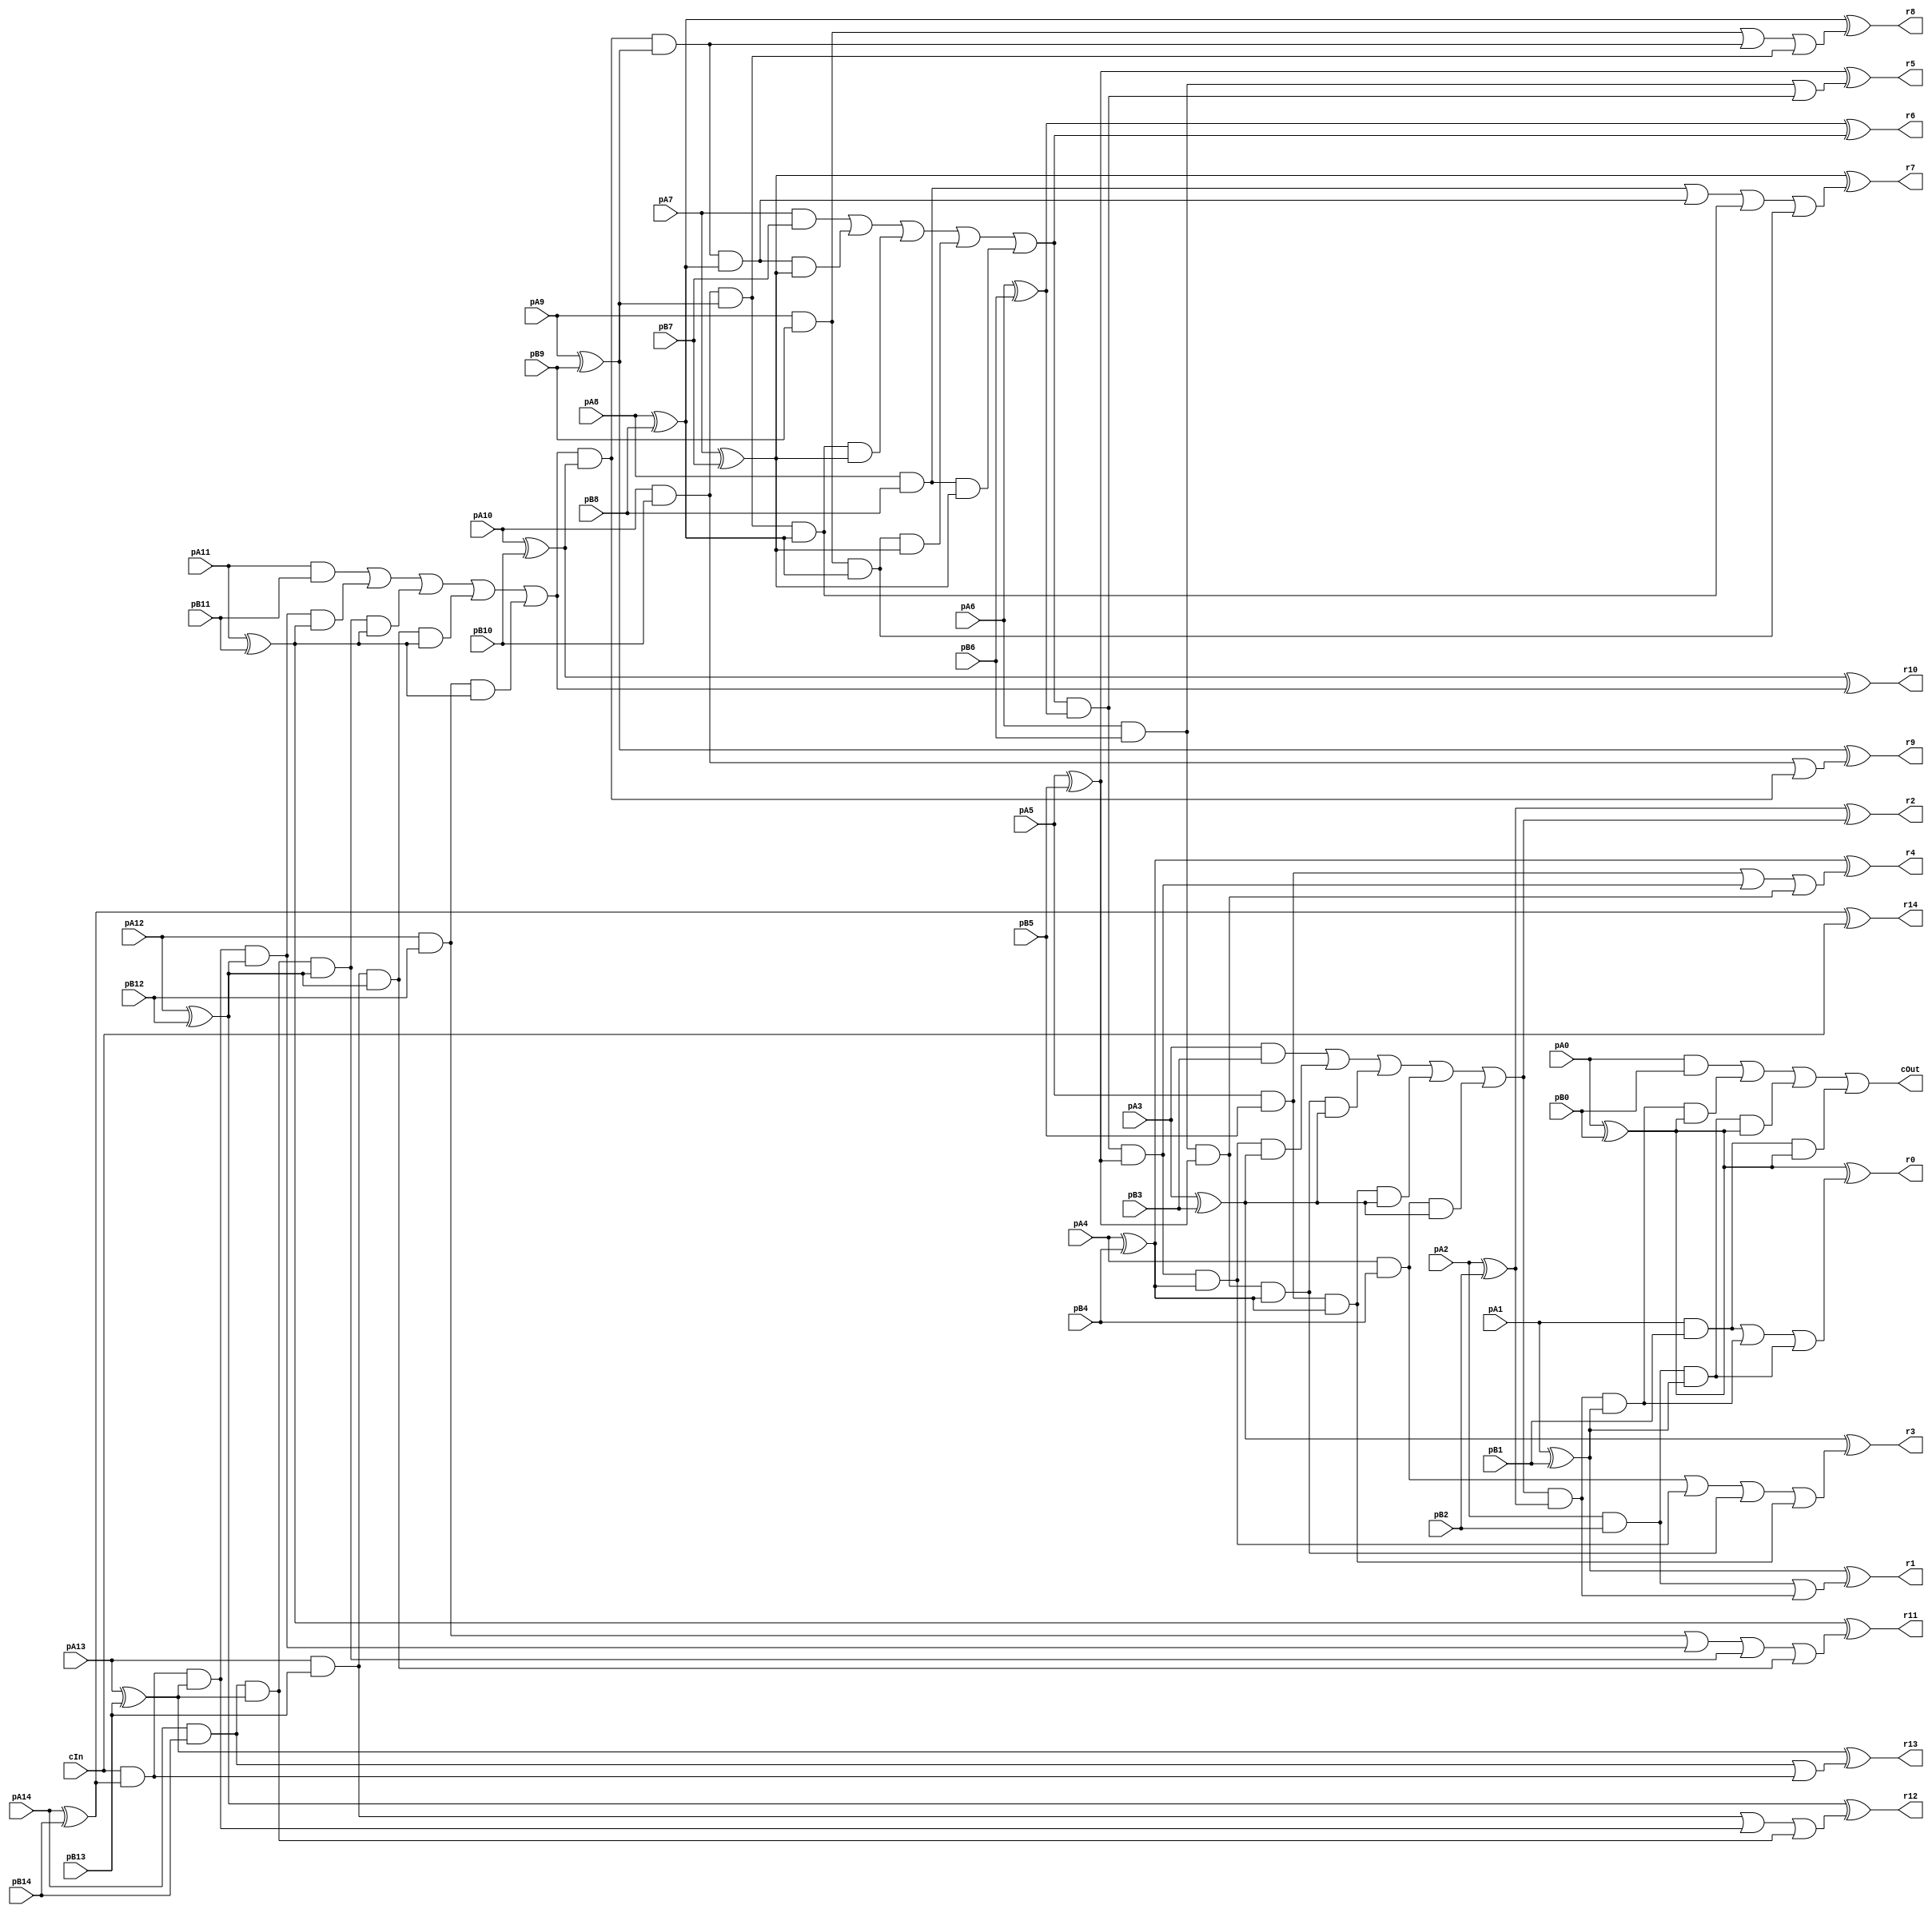
module CCarryLookaheadBlock_15_15_15_InOutT(pA14,pA13,pA12,pA11,pA10,pA9,pA8,pA7,pA6,pA5,pA4,pA3,pA2,pA1,pA0, pB14,pB13,pB12,pB11,pB10,pB9,pB8,pB7,pB6,pB5,pB4,pB3,pB2,pB1,pB0, r14,r13,r12,r11,r10,r9,r8,r7,r6,r5,r4,r3,r2,r1,r0, cIn, cOut);

input pA14,pA13,pA12,pA11,pA10,pA9,pA8,pA7,pA6,pA5,pA4,pA3,pA2,pA1,pA0, pB14,pB13,pB12,pB11,pB10,pB9,pB8,pB7,pB6,pB5,pB4,pB3,pB2,pB1,pB0, cIn;
output r14,r13,r12,r11,r10,r9,r8,r7,r6,r5,r4,r3,r2,r1,r0, cOut;
wire w1, w2, w3, w4, w5, w6, w7, w8, w9, w10, w11, w12, w13, w14, w15, w16, w17, w18, w19, w20, w21, w22, w23, w24, w25, w26, w27, w28, w29, w30, w31, w32, w33, w34, w35, w36, w37, w38, w39, w40, w41, w42, w43, w44, w45, w46, w47, w48, w49, w50, w51, w52, w53, w54, w55, w56, w57, w58, w59, w60, w61, w62, w63, w64, w65, w66, w67, w68, w69, w70, w71, w72, w73, w74, w75, w76, w77, w78, w79, w80, w81, w82, w83, w84, w85, w86, w87, w88, w89, w90, w91, w92, w93, w94, w95, w96, w97, w98, w99, w100, w101, w102, w103, w104, w105, w106, w107, w108, w109, w110, w111, w112, w113, w114, w115, w116, w117, w118, w119, w120, w121, w122, w123, w124, w125, w126, w127, w128, w129, r4294967295;

assign w1 = pA14;
assign w2 = pA13;
assign w3 = pA12;
assign w4 = pA11;
assign w5 = pA10;
assign w6 = pA9;
assign w7 = pA8;
assign w8 = pA7;
assign w9 = pA6;
assign w10 = pA5;
assign w11 = pA4;
assign w12 = pA3;
assign w13 = pA2;
assign w14 = pA1;
assign w15 = pA0;
assign w16 = pB14;
assign w17 = pB13;
assign w18 = pB12;
assign w19 = pB11;
assign w20 = pB10;
assign w21 = pB9;
assign w22 = pB8;
assign w23 = pB7;
assign w24 = pB6;
assign w25 = pB5;
assign w26 = pB4;
assign w27 = pB3;
assign w28 = pB2;
assign w29 = pB1;
assign w30 = pB0;
assign r14 = w31;
assign r13 = w32;
assign r12 = w33;
assign r11 = w34;
assign r10 = w35;
assign r9 = w36;
assign r8 = w37;
assign r7 = w38;
assign r6 = w39;
assign r5 = w40;
assign r4 = w41;
assign r3 = w42;
assign r2 = w43;
assign r1 = w44;
assign r0 = w45;
assign r4294967295 = w46;
assign w47 = cIn;
assign cOut = w46;

assign w49 = w1 ^ w16;
assign w64 = w1 & w16;
assign w50 = w2 ^ w17;
assign w65 = w2 & w17;
assign w51 = w3 ^ w18;
assign w66 = w3 & w18;
assign w52 = w4 ^ w19;
assign w67 = w4 & w19;
assign w53 = w5 ^ w20;
assign w68 = w5 & w20;
assign w54 = w6 ^ w21;
assign w69 = w6 & w21;
assign w55 = w7 ^ w22;
assign w70 = w7 & w22;
assign w56 = w8 ^ w23;
assign w71 = w8 & w23;
assign w57 = w9 ^ w24;
assign w72 = w9 & w24;
assign w58 = w10 ^ w25;
assign w73 = w10 & w25;
assign w59 = w11 ^ w26;
assign w74 = w11 & w26;
assign w60 = w12 ^ w27;
assign w75 = w12 & w27;
assign w61 = w13 ^ w28;
assign w76 = w13 & w28;
assign w62 = w14 ^ w29;
assign w77 = w14 & w29;
assign w63 = w15 ^ w30;
assign w78 = w15 & w30;
assign w94 = w47 & w49;
assign w95 = w47 & w49 & w50;
assign w96 = w64 & w50;
assign w97 = w47 & w49 & w50 & w51;
assign w98 = w64 & w50 & w51;
assign w99 = w65 & w51;
assign w100 = w47 & w49 & w50 & w51 & w52;
assign w101 = w64 & w50 & w51 & w52;
assign w102 = w65 & w51 & w52;
assign w103 = w66 & w52;
assign w79 = w64 | w94;
assign w80 = w65 | w95 | w96;
assign w81 = w66 | w97 | w98 | w99;
assign w82 = w67 | w100 | w101 | w102 | w103;
assign w104 = w82 & w53;
assign w105 = w82 & w53 & w54;
assign w106 = w68 & w54;
assign w107 = w82 & w53 & w54 & w55;
assign w108 = w68 & w54 & w55;
assign w109 = w69 & w55;
assign w110 = w82 & w53 & w54 & w55 & w56;
assign w111 = w68 & w54 & w55 & w56;
assign w112 = w69 & w55 & w56;
assign w113 = w70 & w56;
assign w83 = w68 | w104;
assign w84 = w69 | w105 | w106;
assign w85 = w70 | w107 | w108 | w109;
assign w86 = w71 | w110 | w111 | w112 | w113;
assign w114 = w86 & w57;
assign w115 = w86 & w57 & w58;
assign w116 = w72 & w58;
assign w117 = w86 & w57 & w58 & w59;
assign w118 = w72 & w58 & w59;
assign w119 = w73 & w59;
assign w120 = w86 & w57 & w58 & w59 & w60;
assign w121 = w72 & w58 & w59 & w60;
assign w122 = w73 & w59 & w60;
assign w123 = w74 & w60;
assign w87 = w72 | w114;
assign w88 = w73 | w115 | w116;
assign w89 = w74 | w117 | w118 | w119;
assign w90 = w75 | w120 | w121 | w122 | w123;
assign w124 = w90 & w61;
assign w125 = w90 & w61 & w62;
assign w126 = w76 & w62;
assign w127 = w90 & w61 & w62 & w63;
assign w128 = w76 & w62 & w63;
assign w129 = w77 & w63;
assign w91 = w76 | w124;
assign w92 = w77 | w125 | w126;
assign w93 = w78 | w127 | w128 | w129;
assign w31 = w49 ^ w47;
assign w32 = w50 ^ w79;
assign w33 = w51 ^ w80;
assign w34 = w52 ^ w81;
assign w35 = w53 ^ w82;
assign w36 = w54 ^ w83;
assign w37 = w55 ^ w84;
assign w38 = w56 ^ w85;
assign w39 = w57 ^ w86;
assign w40 = w58 ^ w87;
assign w41 = w59 ^ w88;
assign w42 = w60 ^ w89;
assign w43 = w61 ^ w90;
assign w44 = w62 ^ w91;
assign w45 = w63 ^ w92;
assign w46 = w93;

endmodule